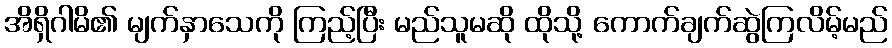
အိရှိဂါမိ၏ မျက်နှာသေကို ကြည့်ပြီး မည်သူမဆို ထိုသို့ ကောက်ချက်ဆွဲကြလိမ့်မည်